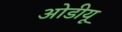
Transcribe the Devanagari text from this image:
ओडीयू